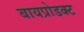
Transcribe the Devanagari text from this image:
बायप्रोडक्ट